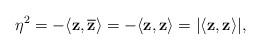
LaTeX: \begin{align*} \eta^{2}=-\langle\mathbf{z},\mathbf{\overline{z}}\rangle=-\langle\mathbf{z},\mathbf{z}\rangle=\lvert \langle\mathbf{z},\mathbf{z}\rangle \rvert,\end{align*}